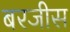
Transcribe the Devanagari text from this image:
बरजीस